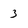
Character: 3